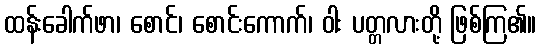
ထန်းခေါက်ဖာ၊ စောင်၊ စောင်းကောက်၊ ဝါး ပတ္တလားတို့ ဖြစ်ကြ၏။